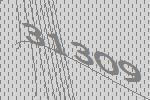
31309